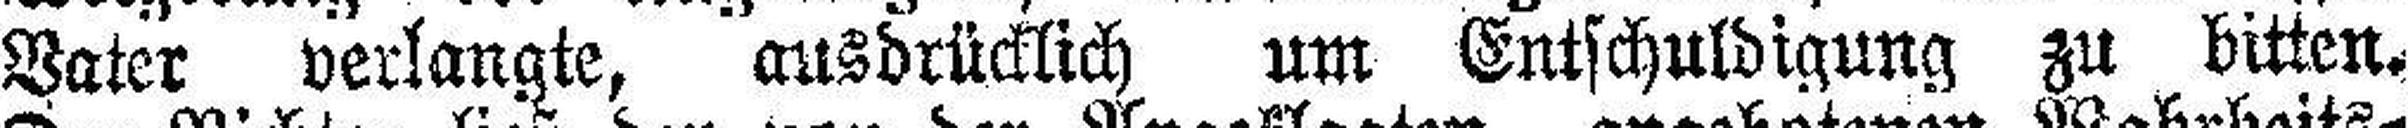
Vater verlangte, ausdrücklich um Entschuldigung zu bitten.